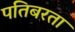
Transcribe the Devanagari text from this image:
पतिबरता